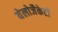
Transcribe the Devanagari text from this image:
येलोजैकेटों